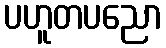
ပဟူတပညော